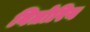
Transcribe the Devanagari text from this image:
वितोरिय